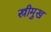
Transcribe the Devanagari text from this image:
स्त्रीमुख